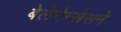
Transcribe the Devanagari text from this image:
बेलेनेन्सेसने